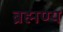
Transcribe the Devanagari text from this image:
ब्रह्मण्य